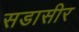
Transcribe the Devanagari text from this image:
सडासीर